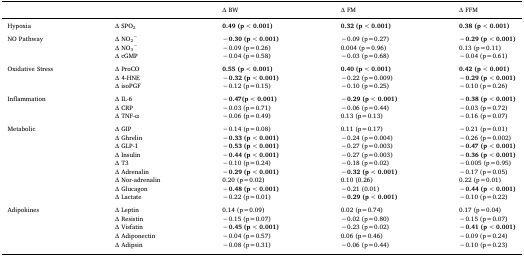
<table><thead><tr><td></td><td></td><td><b>Δ BW</b></td><td><b>Δ FM</b></td><td><b>Δ FFM</b></td></tr></thead><tbody><tr><td>Hypoxia</td><td>Δ SPO<sub>2</sub></td><td><b>0.49 (p&lt;0.001)</b></td><td><b>0.32 (p&lt;0.001)</b></td><td><b>0.38 (p&lt;0.001)</b></td></tr><tr><td colspan="5">  </td></tr><tr><td rowspan="3">NO Pathway</td><td>Δ NO<sub>2</sub><sup>−</sup></td><td><b>−0.30 (p&lt;0.001)</b></td><td>−0.09 (p=0.27)</td><td><b>−0.29 (p&lt;0.001)</b></td></tr><tr><td>Δ NO<sub>3</sub><sup>−</sup></td><td>−0.09 (p=0.26)</td><td>0.004 (p=0.96)</td><td>0.13 (p=0.11)</td></tr><tr><td>Δ cGMP</td><td>−0.04 (p=0.58)</td><td>−0.03 (p=0.68)</td><td>−0.04 (p=0.61)</td></tr><tr><td colspan="5">  </td></tr><tr><td rowspan="3">Oxidative Stress</td><td>Δ ProCO</td><td><b>0.55 (p&lt;0.001)</b></td><td><b>0.40 (p&lt;0.001)</b></td><td><b>0.42 (p&lt;0.001)</b></td></tr><tr><td>Δ 4-HNE</td><td><b>−0.32 (p&lt;0.001)</b></td><td>−0.22 (p=0.009)</td><td><b>−0.29 (p&lt;0.001)</b></td></tr><tr><td>Δ isoPGF</td><td>−0.12 (p=0.15)</td><td>−0.10 (p=0.25)</td><td>−0.10 (p=0.26)</td></tr><tr><td colspan="5">  </td></tr><tr><td rowspan="3">Inflammation</td><td>Δ IL-6</td><td><b>−0.47(p&lt;0.001)</b></td><td><b>−0.29 (p&lt;0.001)</b></td><td><b>−0.38 (p&lt;0.001)</b></td></tr><tr><td>Δ CRP</td><td>−0.03 (p=0.71)</td><td>−0.06 (p=0.44)</td><td>−0.03 (p=0.72)</td></tr><tr><td>Δ TNF-α</td><td>−0.06 (p=0.49)</td><td>0.13 (p=0.13)</td><td>−0.16 (p=0.07)</td></tr><tr><td colspan="5">  </td></tr><tr><td rowspan="9">Metabolic</td><td>Δ GIP</td><td>−0.14 (p=0.08)</td><td>0.11 (p=0.17)</td><td>−0.21 (p=0.01)</td></tr><tr><td>Δ Ghrelin</td><td><b>−0.33 (p&lt;0.001)</b></td><td>−0.24 (p=0.004)</td><td>−0.26 (p=0.002)</td></tr><tr><td>Δ GLP-1</td><td><b>−0.53 (p&lt;0.001)</b></td><td>−0.27 (p=0.003)</td><td><b>−0.47 (p&lt;0.001)</b></td></tr><tr><td>Δ Insulin</td><td><b>−0.44 (p&lt;0.001)</b></td><td>−0.27 (p=0.003)</td><td><b>−0.36 (p&lt;0.001)</b></td></tr><tr><td>Δ T3</td><td>−0.10 (p=0.24)</td><td>−0.18 (p=0.02)</td><td>−0.005 (p=0.95)</td></tr><tr><td>Δ Adrenalin</td><td><b>−0.29 (p&lt;0.001)</b></td><td><b>−0.32 (p&lt;0.001)</b></td><td>−0.17 (p=0.05)</td></tr><tr><td>Δ Nor-adrenalin</td><td>0.20 (p=0.02)</td><td>0.10 (0.26)</td><td>0.22 (p=0.01)</td></tr><tr><td>Δ Glucagon</td><td><b>−0.48 (p&lt;0.001)</b></td><td>−0.21 (0.01)</td><td><b>−0.44 (p&lt;0.001)</b></td></tr><tr><td>Δ Lactate</td><td>−0.22 (p=0.01)</td><td><b>−0.29 (p&lt;0.001)</b></td><td>−0.10 (p=0.22)</td></tr><tr><td colspan="5">  </td></tr><tr><td rowspan="5">Adipokines</td><td>Δ Leptin</td><td>0.14 (p=0.09)</td><td>0.02 (p=0.74)</td><td>0.17 (p=0.04)</td></tr><tr><td>Δ Resistin</td><td>−0.15 (p=0.07)</td><td>−0.02 (p=0.80)</td><td>−0.15 (p=0.07)</td></tr><tr><td>Δ Visfatin</td><td><b>−0.45 (p&lt;0.001)</b></td><td>−0.23 (p=0.02)</td><td><b>−0.41 (p&lt;0.001)</b></td></tr><tr><td>Δ Adiponectin</td><td>−0.04 (p=0.57)</td><td>0.06 (p=0.46)</td><td>−0.09 (p=0.24)</td></tr><tr><td>Δ Adipsin</td><td>−0.08 (p=0.31)</td><td>−0.06 (p=0.44)</td><td>−0.10 (p=0.23)</td></tr></tbody></table>